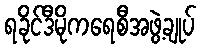
ရခိုင်ဒီမိုကရေစီအဖွဲ့ချုပ်